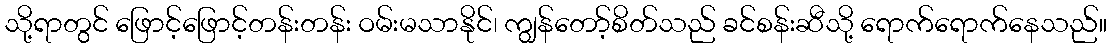
သို့ရာတွင် ဖြောင့်ဖြောင့်တန်းတန်း ဝမ်းမသာနိုင်၊ ကျွန်တော့်စိတ်သည် ခင်စန်းဆီသို့ ရောက်ရောက်နေသည်။